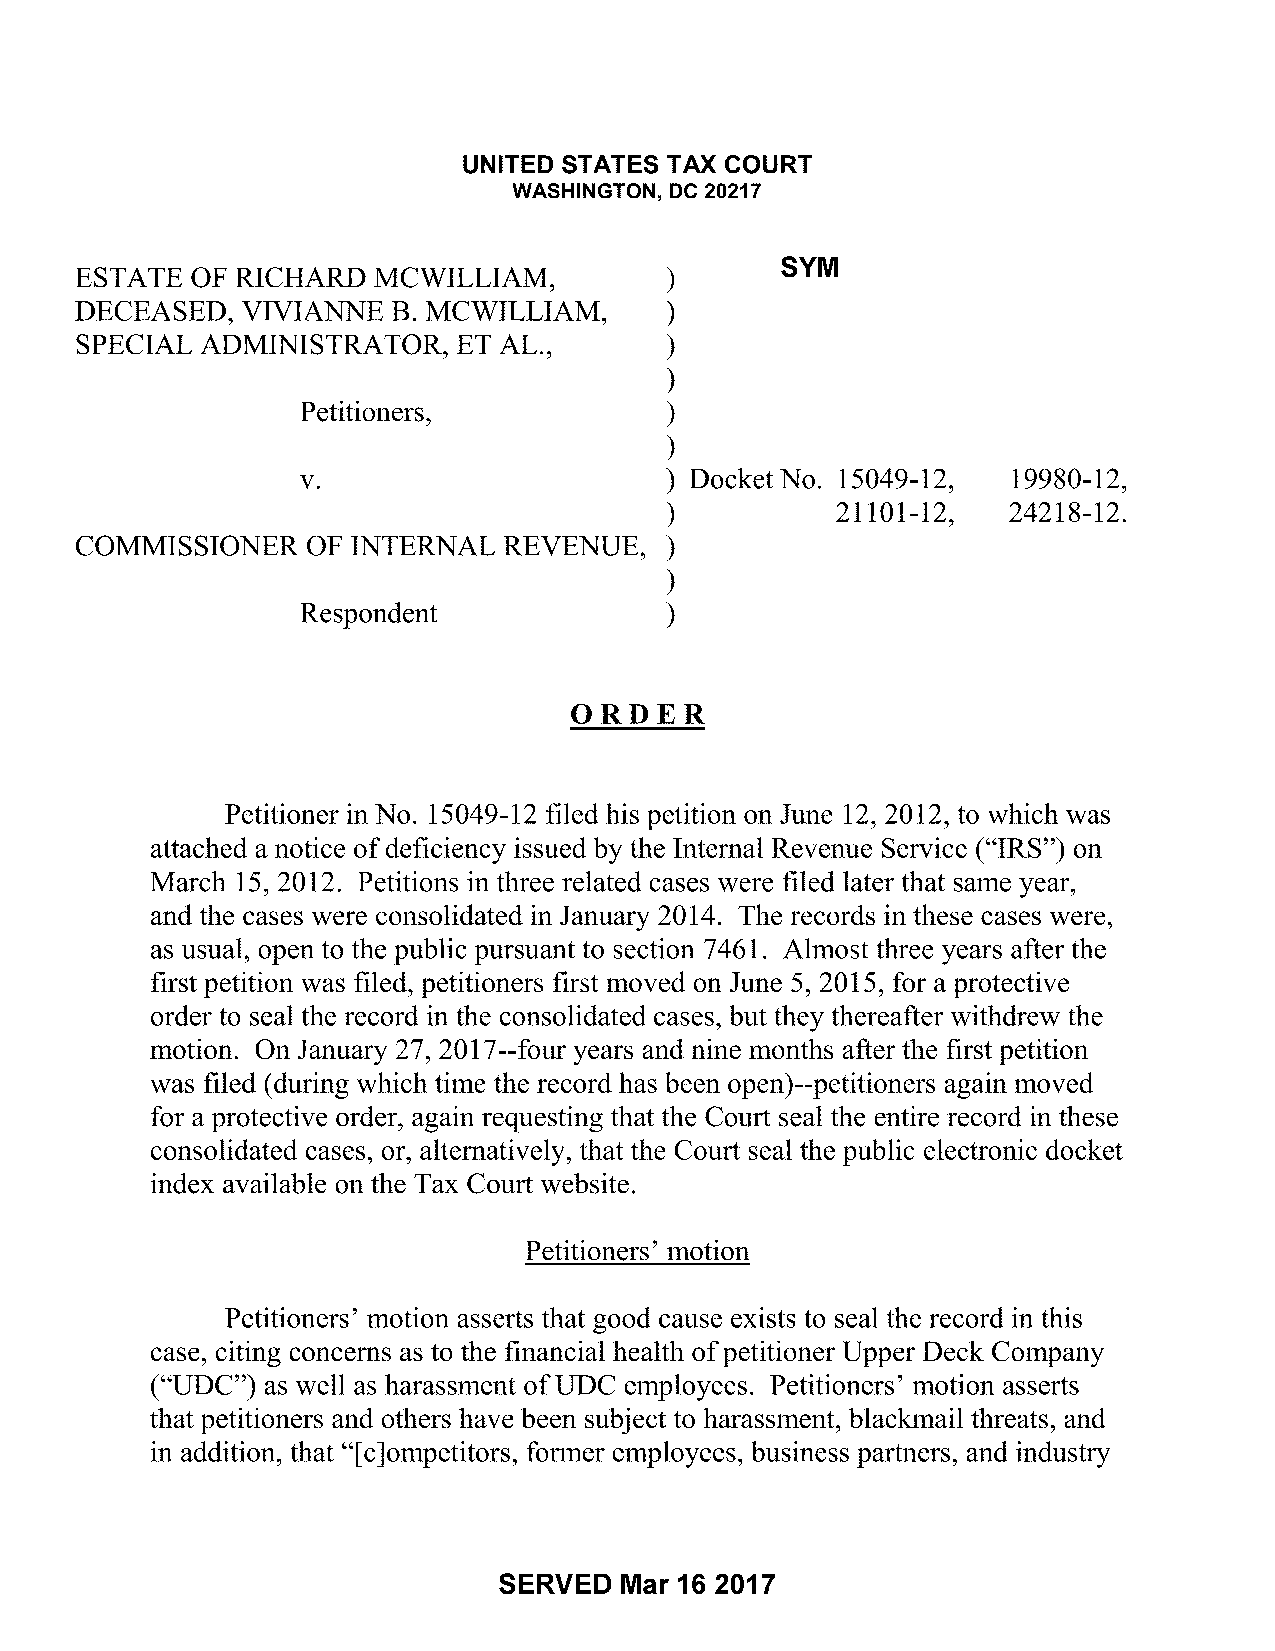
UNITED STATES TAX COURT
 WASHINGTON, DC 20217
 ESTATE  OF RICHARD  MCWILLIAM,         )       SYM
 DECEASED,  VIVIANNE  B. MCWILLIAM,     )
 SPECIAL ADMINISTRATOR,   ET AL.,       )
 )
 Petitioners,            )
 )
 v.                      ) Docket No. 15049-12, 19980-12,
 )          21101-12,   24218-12.
 COMMISSIONER   OF INTERNAL  REVENUE,   )
 )
 Respondent              )
 ORDER
 Petitioner in No. 15049-12 filed his petition on June 12, 2012, to which was
 attached a notice ofdeficiency issued by the Internal Revenue Service ("IRS") on
 March 15, 2012. Petitions in three related cases were filed later that same year,
 and the cases were consolidated in January 2014. The records in these cases were,
 as usual, open to the public pursuant to section 7461. Almost three years after the
 first petition was filed, petitioners first moved on June 5, 2015, for a protective
 order to seal the record in the consolidated cases, but they thereafter withdrew the
 motion. On January 27, 2017--four years and nine months after the first petition
 was filed (during which time the record has been open)--petitioners again moved
 for a protective order, again requesting that the Court seal the entire record in these
 consolidated cases, or, alternatively, that the Court seal the public electronic docket
 index available on the Tax Court website.
 Petitioners' motion
 Petitioners' motion asserts that good cause exists to seal the record in this
 case, citing concerns as to the financial health ofpetitioner Upper Deck Company
 ("UDC") as well as harassment ofUDC employees. Petitioners' motion asserts
 that petitioners and others have been subject to harassment, blackmail threats, and
 in addition, that "[c]ompetitors, former employees, business partners, and industry
 SERVED  Mar 16 2017